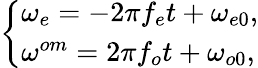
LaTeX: \left\{ \begin{array}{l}{\omega_{e}=-2\pi f_{e}t+\omega_{e0},}\\ {\omega^{om}=2\pi f_{o}t+\omega_{o0},}\end{array}\right.